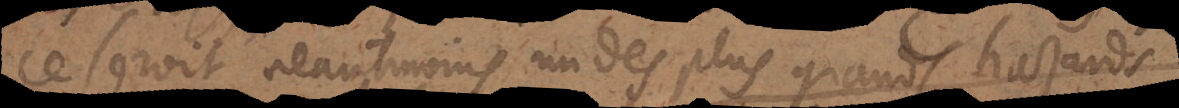
eroit neantmoins un des plus grands hazards